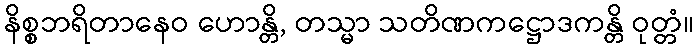
နိစ္စဘရိတာနေဝ ဟောန္တိ, တသ္မာ သတိဏကဋ္ဌောဒကန္တိ ဝုတ္တံ။